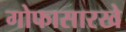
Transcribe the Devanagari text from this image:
गोफासारखे